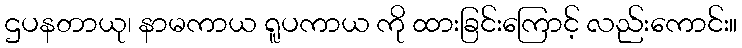
ဌပနတာယု၊ နာမကာယ ရူပကာယ ကို ထားခြင်းကြောင့် လည်းကောင်း။